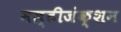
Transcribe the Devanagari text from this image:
मल्टीजंक्शन